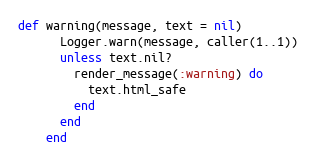
Language: Ruby
def warning(message, text = nil)
      Logger.warn(message, caller(1..1))
      unless text.nil?
        render_message(:warning) do
          text.html_safe
        end
      end
    end